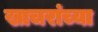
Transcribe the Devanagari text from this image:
खाचरांच्या